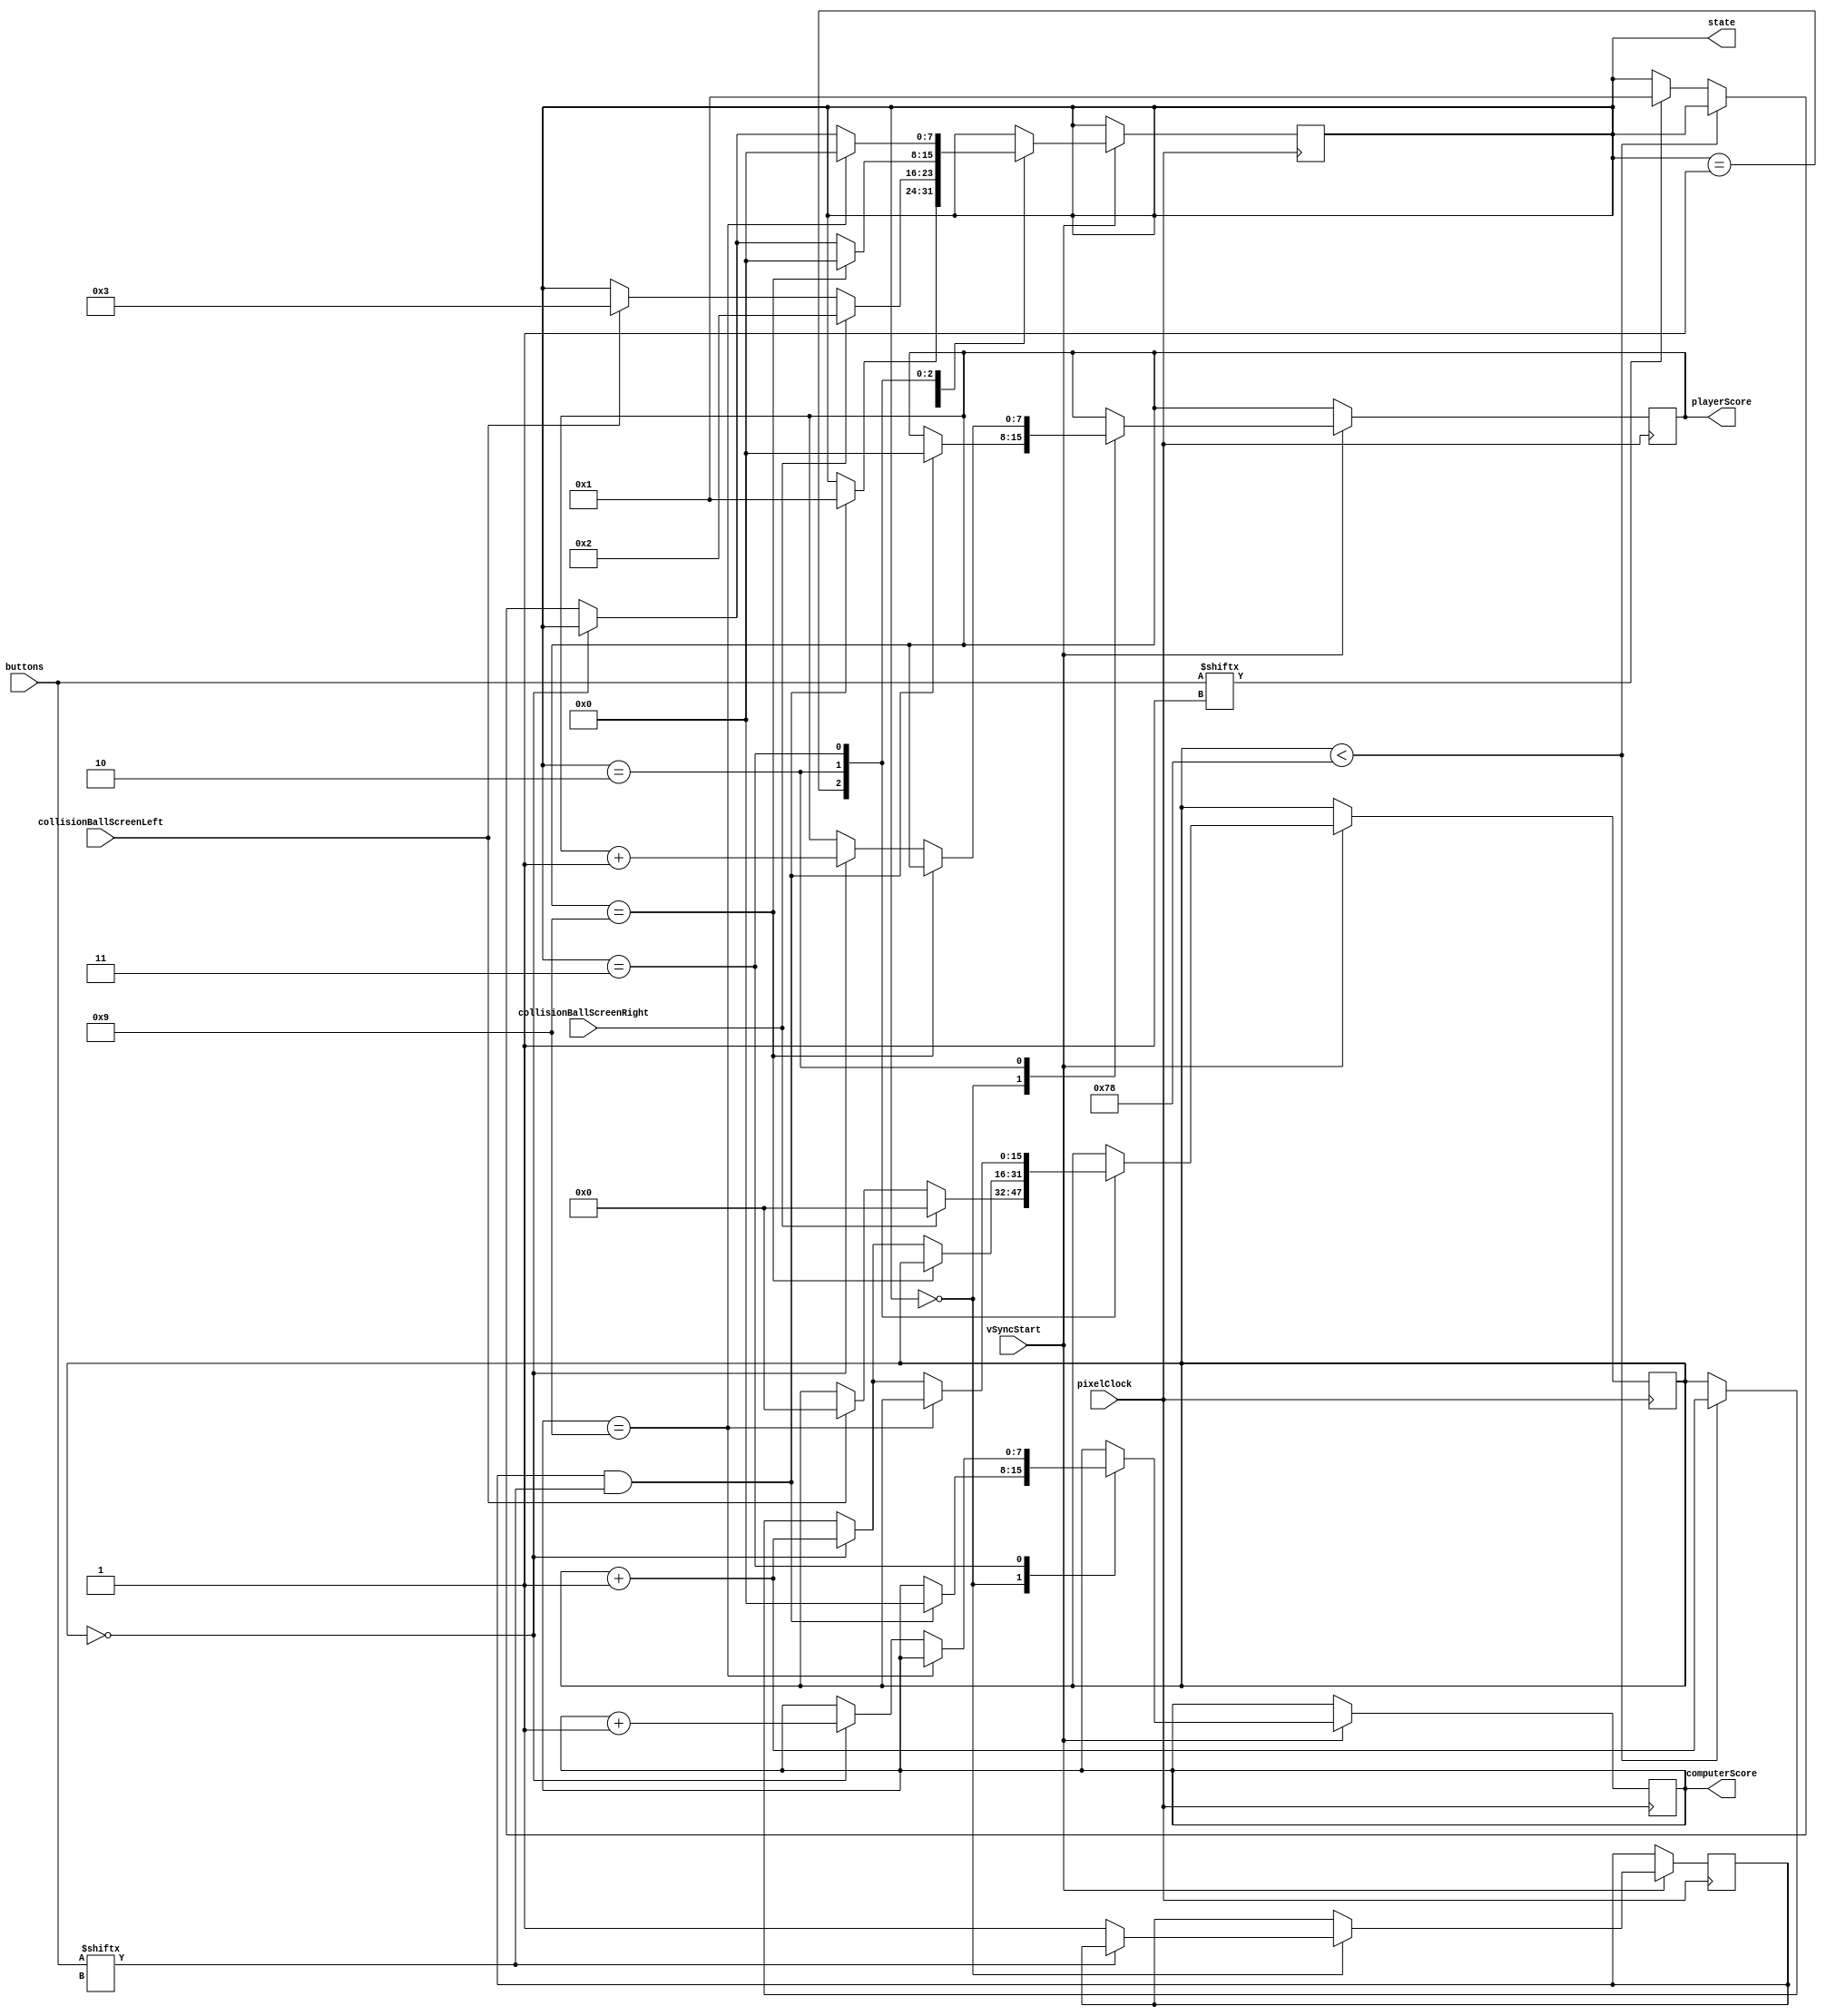
module GameState(
	input pixelClock,
	input vSyncStart,
	input [7:0] buttons,
	input collisionBallScreenLeft,
	input collisionBallScreenRight,
	output reg [7:0] state = stateGameOver,
	output reg [7:0] playerScore = 0,
	output reg [7:0] computerScore = 0
);

// Game states
parameter
	stateGameOver = 8'd0,
	statePlaying = 8'd1,
	statePlayerScored = 8'd2,
	stateComputerScored = 8'd3;

reg startButtonReleased = 0;
reg [15:0] count = 0;

always @(posedge pixelClock)
begin
	if (vSyncStart)
	begin
		case(state)
			stateGameOver:
				begin
					// Wait until button is not pressed before checking to see if it's pressed.
					// This way we don't skip the game-over state if button is already held down.
					if (~buttons[NesController.buttonStart])
						startButtonReleased <= 1;

					if (startButtonReleased & buttons[NesController.buttonStart])
						begin
							playerScore <= 0;
							computerScore <= 0;
							state <= statePlaying;
						end
				end
			statePlaying:
				begin
					if (collisionBallScreenLeft)
						begin
							count <= 0;
							state <= stateComputerScored;
						end

					if (collisionBallScreenRight)
						begin
							count <= 0;
							state <= statePlayerScored;
						end
				end
			statePlayerScored:
				begin
					if (playerScore == 9)
						state <= stateGameOver;
					else
						if (count == 0)
							begin
								playerScore <= playerScore + 1'b1;

								if (playerScore == 9)
									state <= stateGameOver;

								count <= count + 1'b1;
							end
						else
							begin
								if (count < 60 * 2)
									begin
										count <= count + 1'b1;
									end
								else
									begin
										if (buttons[NesController.buttonA])
											state <= statePlaying;
									end
							end
				end
			stateComputerScored:
				begin
					if (computerScore == 9)
						state <= stateGameOver;
					else
						if (count == 0)
							begin
								computerScore <= computerScore + 1'b1;
								count <= count + 1'b1;
							end
						else
							begin
								if (count < 60 * 2)
									begin
										count <= count + 1'b1;
									end
								else
									begin
										if (buttons[NesController.buttonA])
											state <= statePlaying;
									end
							end
				end
		endcase
	end
end

endmodule